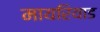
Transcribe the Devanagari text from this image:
मायरियाड